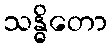
သန္ဓိတော